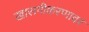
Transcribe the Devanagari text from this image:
खासगीकरणावर